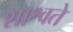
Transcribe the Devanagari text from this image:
शाश्वते